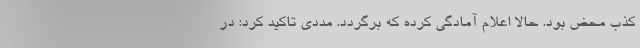
کذب محض بود. حالا اعلام آمادگی کرده که برگردد. مددی تاکید کرد: در